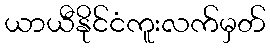
ယာယီနိုင်ငံကူးလက်မှတ်